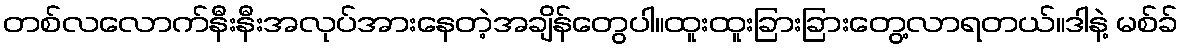
တစ်လလောက်နီးနီးအလုပ်အားနေတဲ့အချိန်တွေပါ။ထူးထူးခြားခြားတွေ့လာရတယ်။ဒါနဲ့ မစ်ခ်